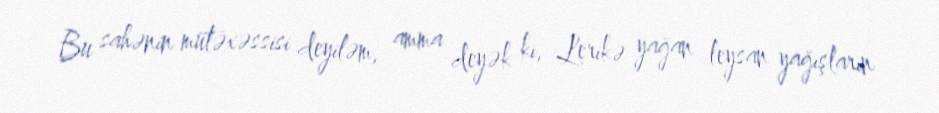
Bu sahənin mütəxəssisi deyiləm, amma deyək ki, Lerikə yağan leysan yağışların